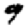
Digit: 9